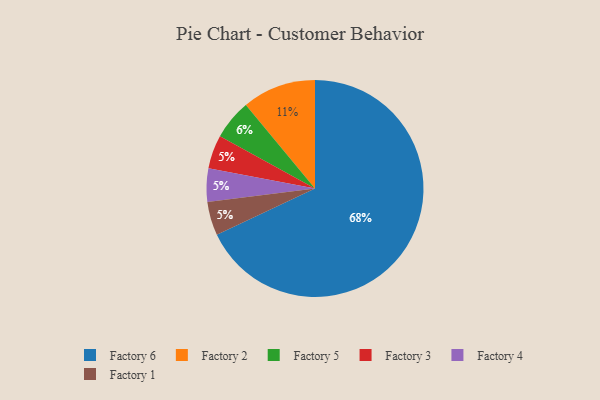
{"axis": {"x": "Category", "y": "Percentage"}, "legend": ["Factory 1", "Factory 2", "Factory 3", "Factory 4", "Factory 5", "Factory 6"], "data": [{"x": "Factory 3", "y": 5, "type": "Factory 3"}, {"x": "Factory 4", "y": 5, "type": "Factory 4"}, {"x": "Factory 1", "y": 5, "type": "Factory 1"}, {"x": "Factory 5", "y": 6, "type": "Factory 5"}, {"x": "Factory 2", "y": 11, "type": "Factory 2"}, {"x": "Factory 6", "y": 68, "type": "Factory 6"}]}